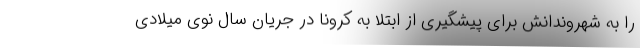
را به شهروندانش برای پیشگیری از ابتلا به کرونا در جریان سال نوی میلادی